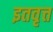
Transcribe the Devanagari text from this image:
इतवृत्त